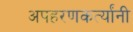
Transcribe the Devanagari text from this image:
अपहरणकर्त्यांनी